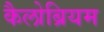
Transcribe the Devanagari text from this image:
कैलोब्रियम